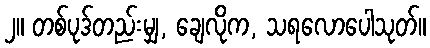
၂။ တစ်ပုဒ်တည်းမျှ, ချေလိုက, သရလောပေါသုတ်။